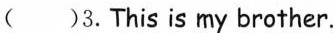
()3.This is my brother.